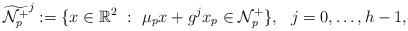
LaTeX: \begin{align*}\widetilde{\mathcal N_{p}^+}^{j} :=\{x\in\mathbb R^2\ : \ \mu_p x +g^jx_p\in \mathcal N_p^+\},\ \ j=0,\dots, h-1,\end{align*}